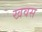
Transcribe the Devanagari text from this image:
खवस